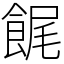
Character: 䬿